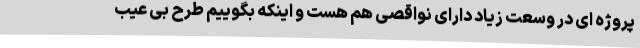
پروژه ای در وسعت زیاد دارای نواقصی هم هست و اینکه بگوییم طرح بی عیب